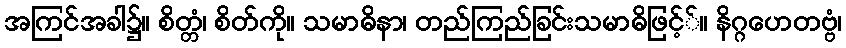
အကြင်အခါ၌။ စိတ္တံ၊ စိတ်ကို။ သမာဓိနာ၊ တည်ကြည်ခြင်းသမာဓိဖြင့််။ နိဂ္ဂဟေတဗ္ဗံ၊